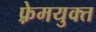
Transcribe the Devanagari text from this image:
फ़्रेमयुक्त